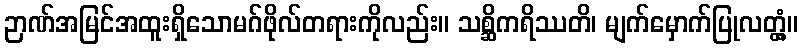
ဉာဏ်အမြင်အထူးရှိသောမဂ်ဖိုလ်တရားကိုလည်း။ သစ္ဆိကရိဿတိ၊ မျက်မှောက်ပြုလတ္တံ့။